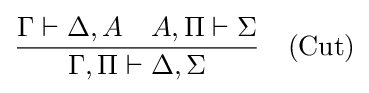
{\frac {\Gamma \vdash \Delta ,A\quad A,\Pi \vdash \Sigma }{\Gamma ,\Pi \vdash \Delta ,\Sigma }}\quad ({\text{Cut}})